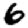
Digit: 6